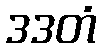
ဒဒတံ